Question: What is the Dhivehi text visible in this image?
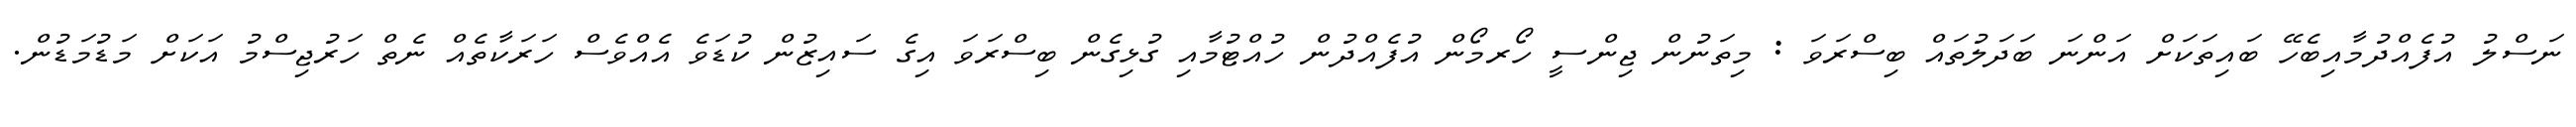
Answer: ނަސްލު އުފެއްދުމާއިބެހޭ ބައިތަކަށް އަންނަ ބަދަލުތައް ބިސްރަވަ : މިތަނުން ޖިންސީ ހޯރމޯން އުފެއްދުން ހުއްޓުމާއި ގުޅިގެން ބިސްރަވަ އިގެ ސައިޒުން ކުޑަވެ އެއްވެސް ހަރަކާތެއް ނެތް ހަރުޖިސްމު އަކަށް މަޑުމަޑުން.